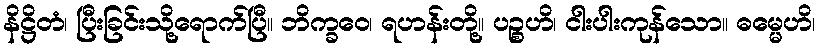
နိဋ္ဌိတံ၊ ပြီးခြင်းသို့ရောက်ပြီ။ ဘိက္ခဝေ၊ ရဟန်းတို့။ ပဉ္စဟိ၊ ငါးပါးကုန်သော။ ဓမ္မေဟိ၊